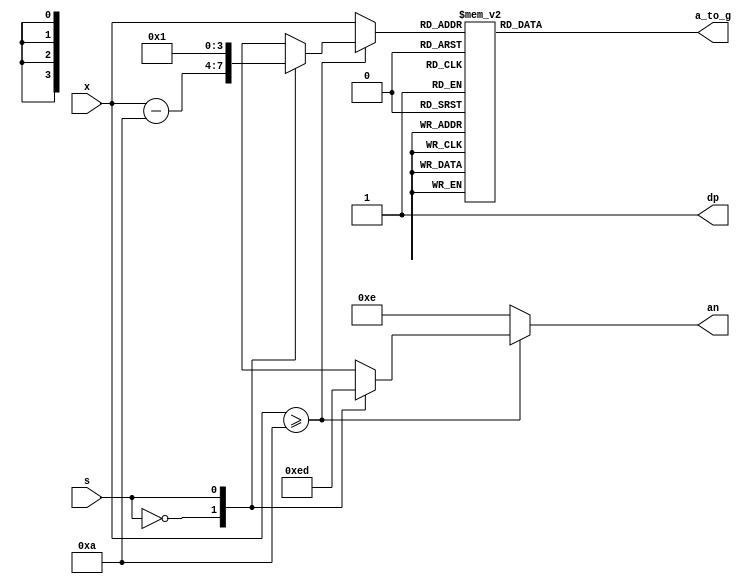
`timescale 1ns / 1ps
//////////////////////////////////////////////////////////////////////////////////
// Company: 
// Engineer: 
// 
// Design Name: 
// Module Name: x7seg_lift
// Project Name: 
// Target Devices: 
// Tool Versions: 
// Description: 
// 
// Dependencies: 
// 
// Revision:
// Revision 0.01 - File Created
// Additional Comments:
// 
//////////////////////////////////////////////////////////////////////////////////


module x7seg_lift(
    input wire [3:0] x,
    input wire s,//clk_s
    output reg [6:0] a_to_g,
    output reg [3:0] an=4'b1111,
    output wire dp
    );
    reg [3:0] digit;
    assign dp=1;
    //
    always@*
       begin
          if(x>=4'b1010)
             begin 
                   case(s)
                   0:        begin  digit<=x-4'b1010;  an<=4'b1110;  end
                   1:        begin  digit<=1;          an<=4'b1101;  end
                   default:  begin  digit<=0;          an<=4'b1111;  end
                   endcase
             end
          else 
             begin 
             digit<=x;an=4'b1110;
             end
       end

    //hex7seg
    always@*
      case(digit)
    0: a_to_g=7'b0000_001;
    1: a_to_g=7'b1001_111;
    2: a_to_g=7'b0010_010;
    3: a_to_g=7'b0000_110;
    4: a_to_g=7'b1001_100;
    5: a_to_g=7'b0100_100;
    6: a_to_g=7'b0100_000;
    7: a_to_g=7'b0001_111;
    8: a_to_g=7'b0000_000;
    9: a_to_g=7'b0000_100;
    default: a_to_g=7'b0000_001;
    endcase
endmodule